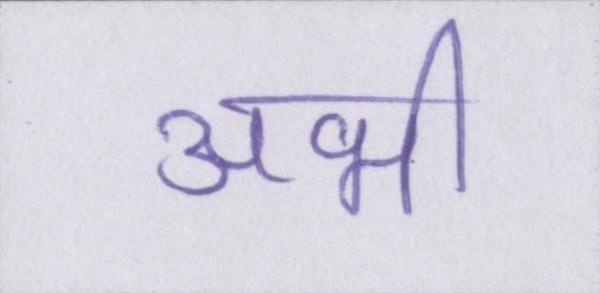
अभी